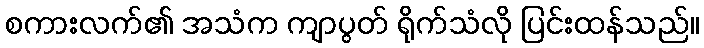
စကားလက်၏ အသံက ကျာပွတ် ရိုက်သံလို ပြင်းထန်သည်။